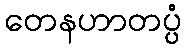
တေနဟာတပ္ပံ